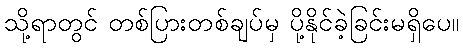
သို့ရာတွင် တစ်ပြားတစ်ချပ်မှ ပို့နိုင်ခဲ့ခြင်းမရှိပေ။